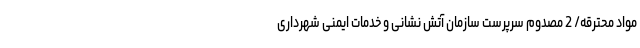
مواد محترقه/ 2 مصدوم سرپرست سازمان آتش نشانی و خدمات ایمنی شهرداری